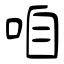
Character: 咱